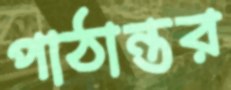
পাঠান্তর